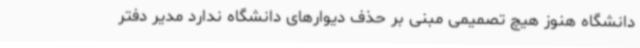
دانشگاه هنوز هیچ تصمیمی مبنی بر حذف دیوارهای دانشگاه ندارد مدیر دفتر